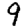
Digit: 9